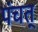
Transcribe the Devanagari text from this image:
पंचत्‌